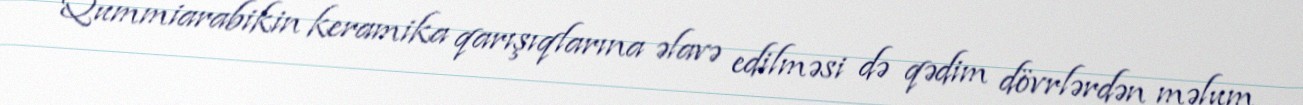
Qummiarabikin keramika qarışıqlarına əlavə edilməsi də qədim dövrlərdən məlum